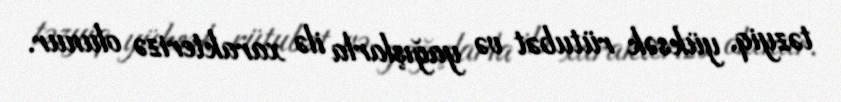
təzyiq, yüksək rütubət və yağışlarla ilə xarakterizə olunur.